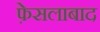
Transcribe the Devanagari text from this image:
फ़ेसलाबाद